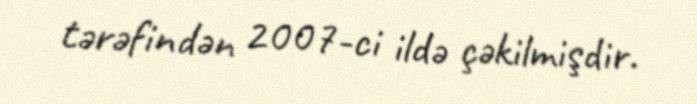
tərəfindən 2007-ci ildə çəkilmişdir.